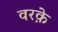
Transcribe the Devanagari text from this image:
वरक़े